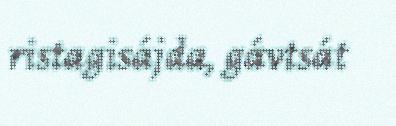
ristagisájda, gávtsát